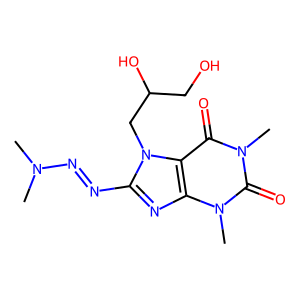
SMILES: CN(C)N=Nc1nc2c(c(=O)n(C)c(=O)n2C)n1CC(O)CO
Inhibits HIV replication: No